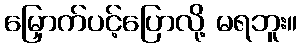
မြှောက်ပင့်ပြောလို့ မရဘူး။